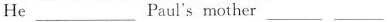
He ___ Paul'smother ___ ___